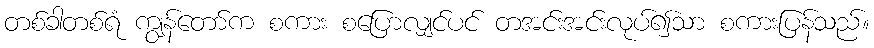
တစ်ခါတစ်ရံ ကျွန်တော်က စကား စပြောလျှင်ပင် တအင်းအင်းလုပ်၍သာ စကားပြန်သည်။